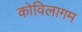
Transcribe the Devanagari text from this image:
कोविलागम